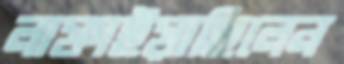
লাফাইয়াছিলেন